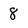
Character: 8